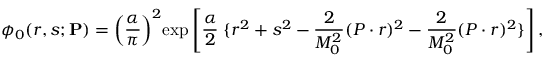
\phi _ { 0 } ( r , s ; { \bf P } ) = \left( \frac { \alpha } { \pi } \right) ^ { 2 } \! \exp \left[ \frac { \alpha } { 2 } \; \{ r ^ { 2 } + s ^ { 2 } - \frac { 2 } { M _ { 0 } ^ { 2 } } ( P \cdot r ) ^ { 2 } - \frac { 2 } { M _ { 0 } ^ { 2 } } ( P \cdot r ) ^ { 2 } \} \right] ,